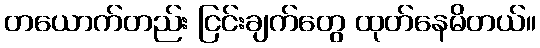
တယောက်တည်း ငြင်းချက်တွေ ထုတ်နေမိတယ်။